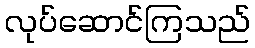
လုပ်ဆောင်ကြသည်